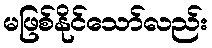
မဖြစ်နိုင်သော်လည်း